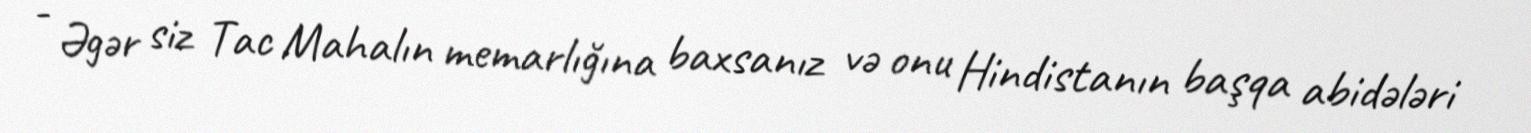
- Əgər siz Tac Mahalın memarlığına baxsanız və onu Hindistanın başqa abidələri